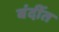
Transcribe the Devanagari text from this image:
बंदींत